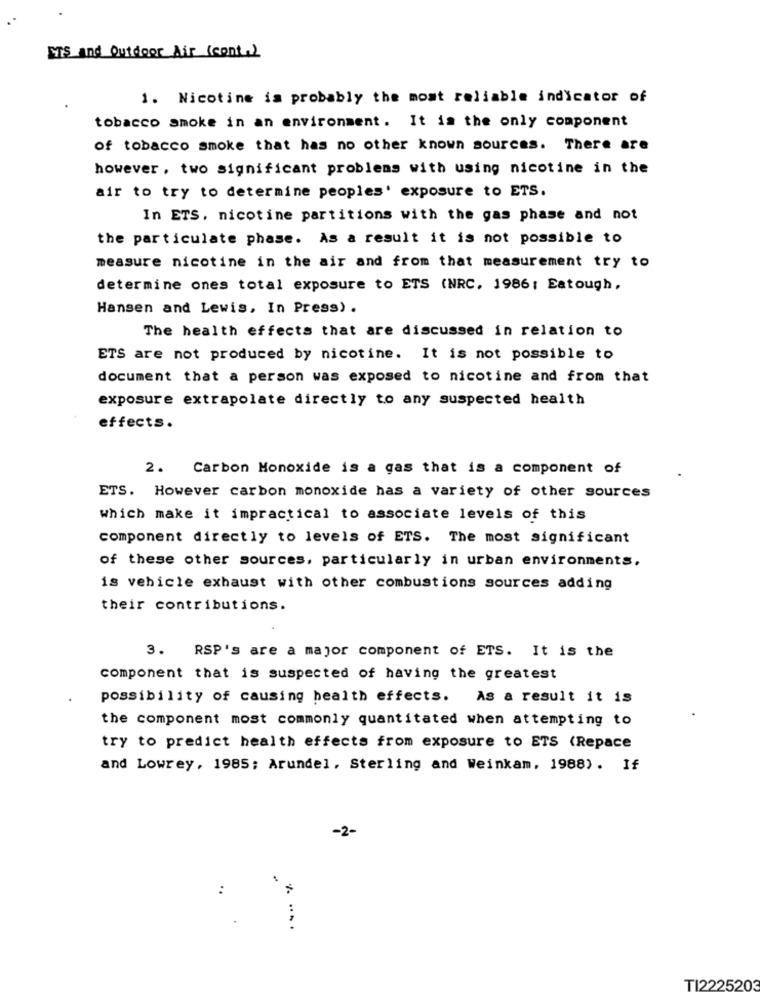
ETS and Outdoor Air (cont)
1. Nicotine is probably the most reliable indicator of
tobacco smoke in an environment. It is the only component
of tobacco smoke that has no other known sources. There are
however, two significant problems with using nicotine in the
air to try to determine peoples' exposure to ETS.
In ETS. nicotine partitions with the gas phase and not
the particulate phase. As a result it is not possible to
measure nicotine in the air and from that measurement try to
determine ones total exposure to ETS (NRC. 1986: Eatough,
Hansen and Lewis, In Press) .
The health effects that are discussed in relation to
ETS are not produced by nicotine. It is not possible to
document that a person was exposed to nicotine and from that
exposure extrapolate directly to any suspected health
effects.
2. Carbon Monoxide is a gas that is a component of
ETS. However carbon monoxide has a variety of other sources
which make it impractical to associate levels of this
component directly to levels of ETS. The most significant
of these other sources, particularly in urban environments.
is vehicle exhaust with other combustions sources adding
their contributions.
RSP's are a major component of ETS. It is the
3.
component that is suspected of having the greatest
possibility of causing health effects. As a result it is
the component most commonly quantitated when attempting to
try to predict health effects from exposure to ETS (Repace
and Lowrey, 1985; Arundel, Sterling and Weinkam, 1988). If
-2-
..
....
TI2225203